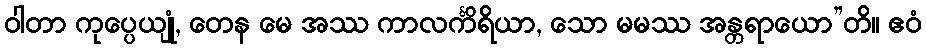
ဝါတာ ကုပ္ပေယျုံ, တေန မေ အဿ ကာလင်္ကိရိယာ, သော မမဿ အန္တရာယော”တိ။ ဧဝံ